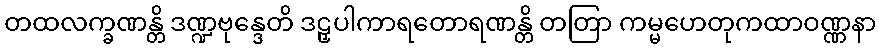
တထလက္ခဏန္တိ ဒဏ္ဍဗုန္ဒေတိ ဒဠှပါကာရတောရဏန္တိ တတြာ ကမ္မဟေတုကထာဝဏ္ဏနာ